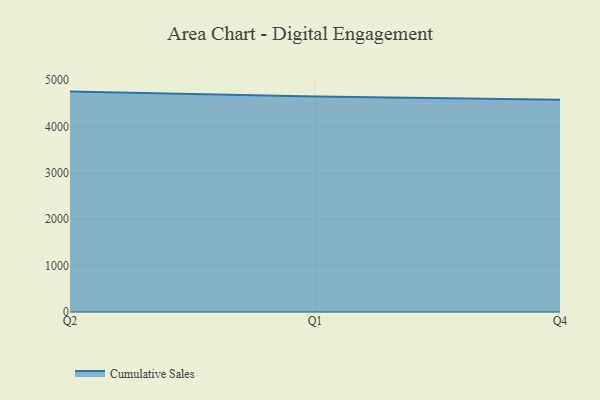
{"axis": {"x": "Quarter", "y": "Shipments"}, "legend": ["Cumulative Sales"], "data": [{"x": "Q2", "y": 4754.8, "type": "Cumulative Sales"}, {"x": "Q1", "y": 4649.4, "type": "Cumulative Sales"}, {"x": "Q4", "y": 4580.7, "type": "Cumulative Sales"}]}